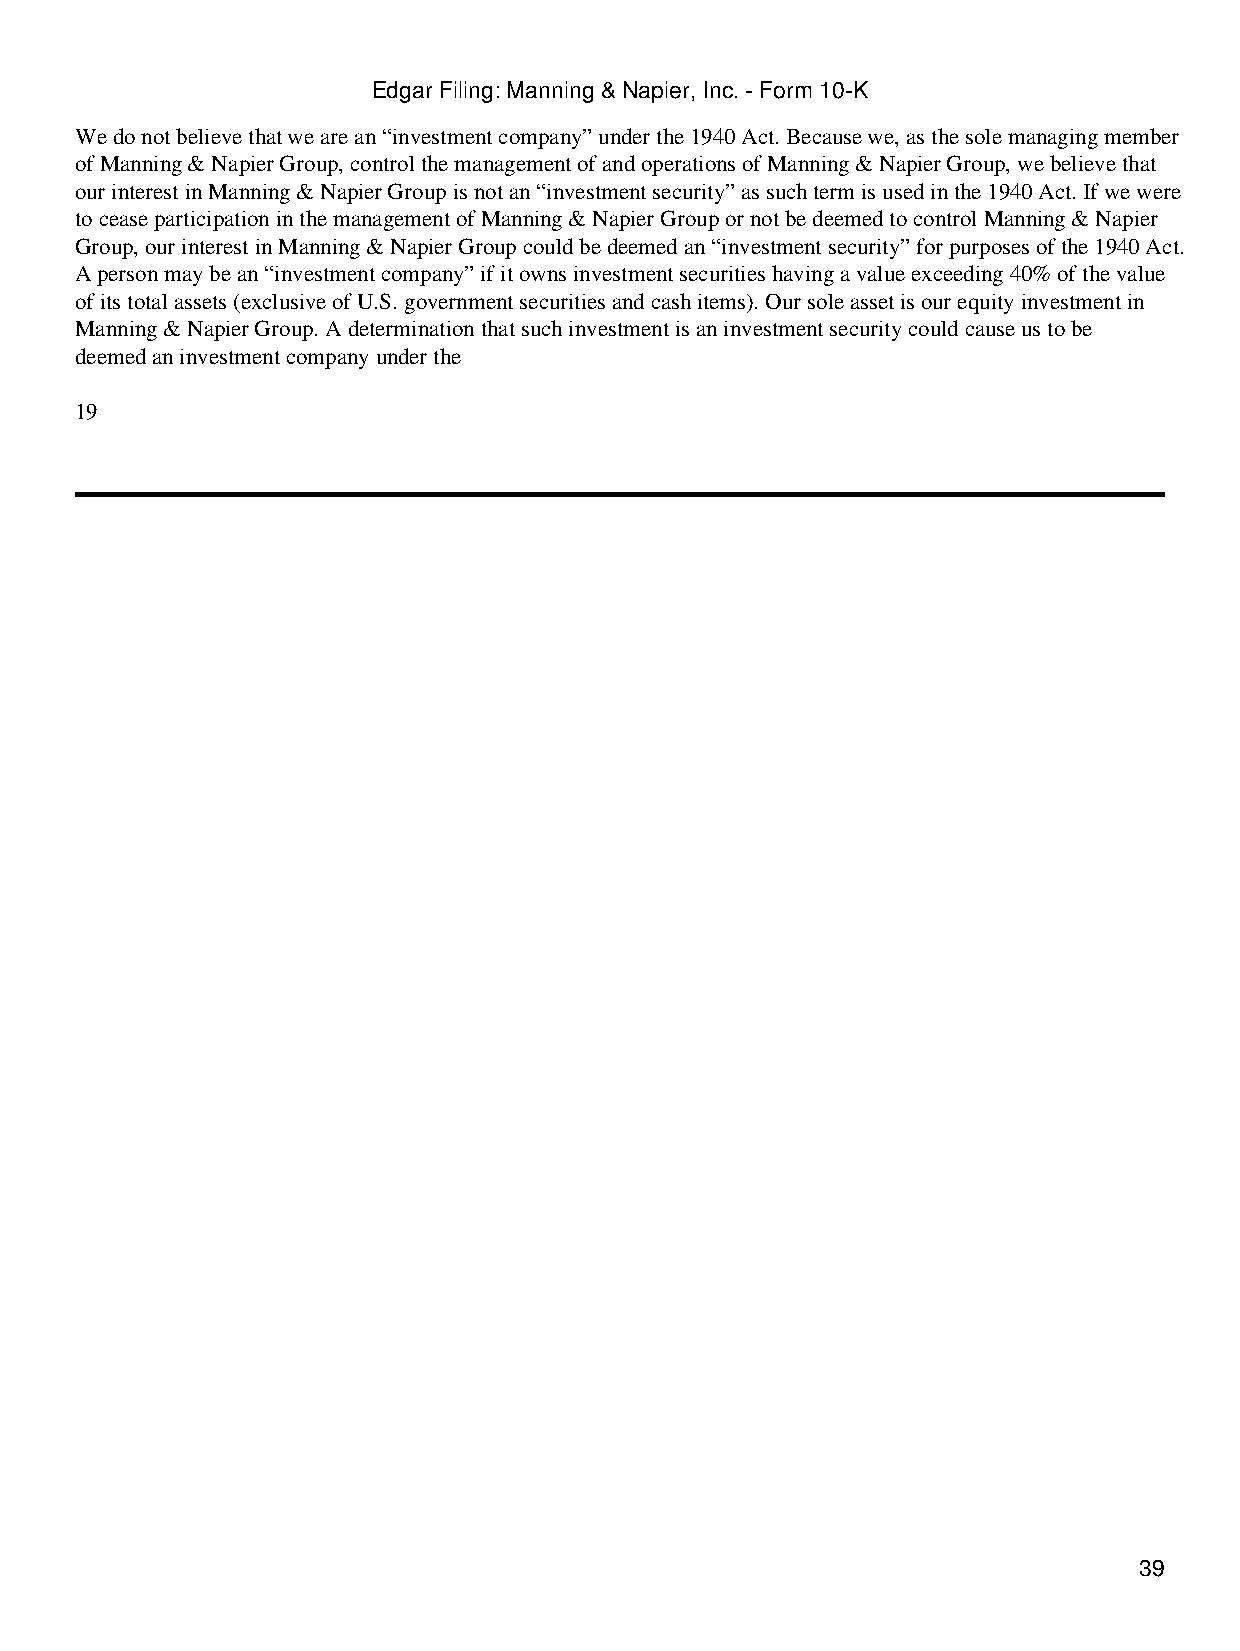
Edgar Filing: Manning & Napier, Inc. - Form 10-K
 We do not believe that we are an “investment company” under the 1940 Act. Because we, as the sole managing member
 of Manning & Napier Group, control the management of and operations of Manning & Napier Group, we believe that
 our interest in Manning & Napier Group is not an “investment security” as such term is used in the 1940 Act. If we were
 to cease participation in the management of Manning & Napier Group or not be deemed to control Manning & Napier
 Group, our interest in Manning & Napier Group could be deemed an “investment security” for purposes of the 1940 Act.
 A person may be an “investment company” if it owns investment securities having a value exceeding 40% of the value
 of its total assets (exclusive of U.S. government securities and cash items). Our sole asset is our equity investment in
 Manning & Napier Group. A determination that such investment is an investment security could cause us to be
 deemed an investment company under the
 19
 39